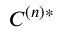
C ^ { ( n ) * }